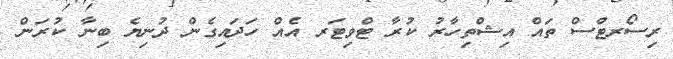
ރިސޯރޓްސް ތައް އިޝްތިހާރު ކުރާ ޓްވިޓަރ އެއް ހަދައިގެން ދުނިޔެ ބިނާ ކުރަން